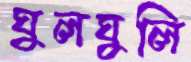
ঘুলঘুলি